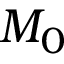
M _ { 0 }